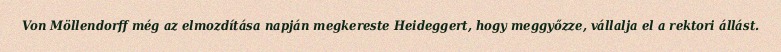
Von Möllendorff még az elmozdítása napján megkereste Heideggert, hogy meggyőzze, vállalja el a rektori állást.